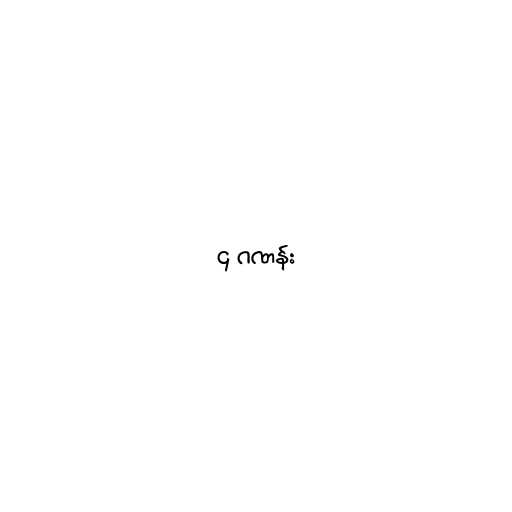
၄ ဂဏန်း